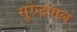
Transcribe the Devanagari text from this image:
सुरेन्द्रपाल